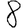
Digit: 8